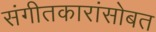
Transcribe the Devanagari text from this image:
संगीतकारांसोबत